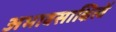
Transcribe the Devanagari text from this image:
अभावसाक्षित्वें